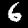
Label: 6